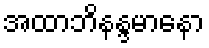
အထာဘိနန္ဒမာနော